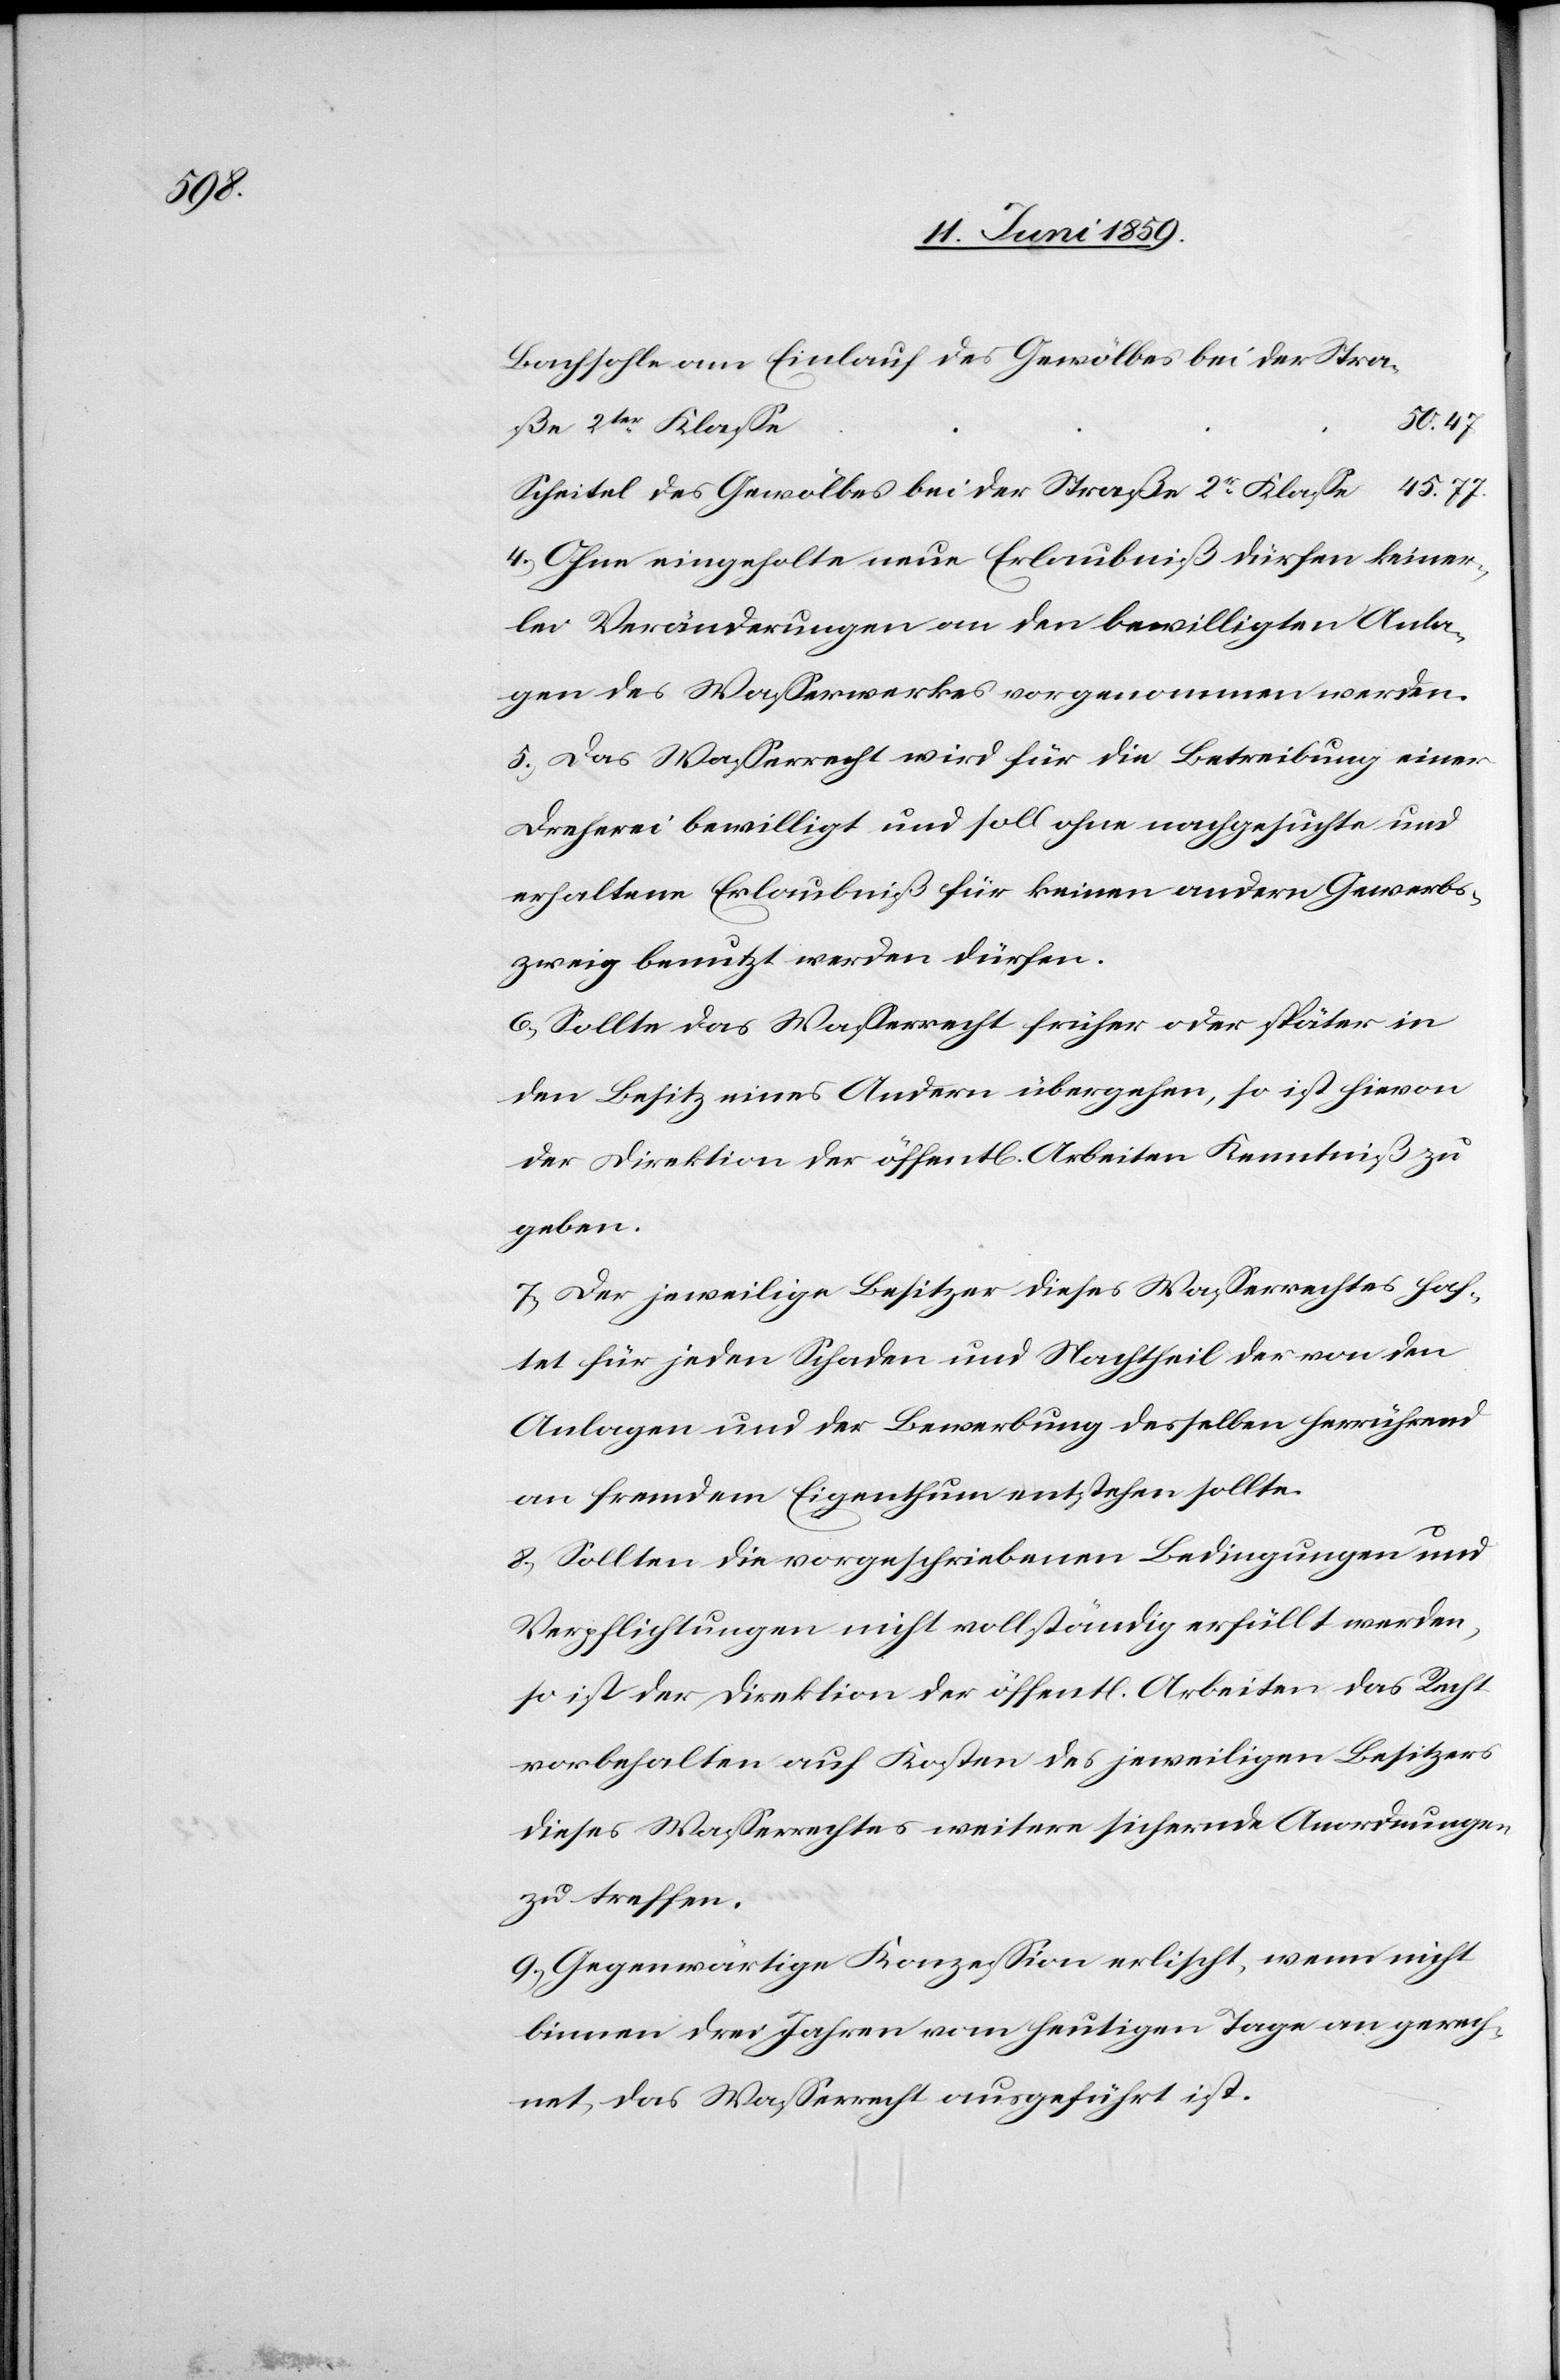
Bachsohle am Einlauf des Gewölbes bei der Stra¬
ße 2ter Klasse
Scheitel des Gewölbes bei der Straße 2er Klasse
4)Ohne eingeholte neue Erlaubniß dürfen keiner¬
lei Veränderungen an den bewilligten Anla¬
gen des Wasserwerkes vorgenommen werden.
5) Das Wasserrecht wird für die Betreibung einer
Dreherei bewilligt und soll ohne nachgesuchte und
erhaltene Erlaubniß für keinen andern Gewerbs¬
zweig benutzt werden dürfen.
6) Sollte das Wasserrecht früher oder später in
den Besitz eines Andern übergehen, so ist hievon
der Direktion der öffentl. Arbeiten Kenntniß zu
geben.
7) Der jeweilige Besitzer dieses Wasserrechtes haf¬
tet für jeden Schaden und Nachtheil der von den
Anlagen und der Bewerbung desselben herrührend
an fremdem Eigenthum entstehen sollte.
8) Sollten die vorgeschriebenen Bedingungen und
Verpflichtungen nicht vollständig erfüllt werden,
so ist der Direktion der öffentl. Arbeiten das Recht
vorbehalten auf Kosten des jeweiligen Besitzers
dieses Wasserrechtes weitere sichernde Anordnungen
zu treffen.
9) Gegenwärtige Konzession erlischt, wenn nicht
binnen drei Jahren vom heutigen Tage an gerech¬
net das Wasserrecht ausgeführt ist.